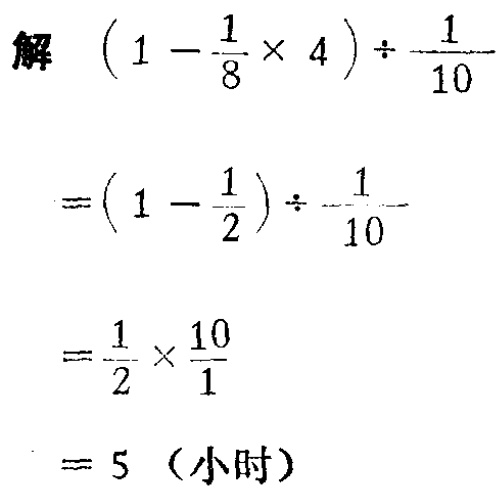
解 \((1 - \frac{1}{8} \times 4) \div \frac{1}{10}\)

\(=(1 - \frac{1}{2}) \div \frac{1}{10}\)

\(=\frac{1}{2} \times \frac{10}{1}\)

\(= 5\)（小时）